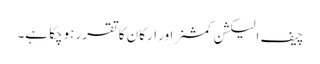
چیف الیکشن کمشنر اور ارکان کا تقرر ہوچکا ہے۔